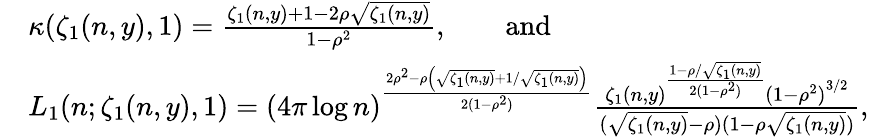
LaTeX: \begin{array}{rl}&{\kappa(\zeta_{1}(n,y),1)=\frac{\zeta_{1}(n,y)+1-2\rho\sqrt{\zeta_{1}(n,y)}}{1-\rho^{2}},\qquad\mathrm{and}}\\ &{L_{1}(n;\zeta_{1}(n,y),1)={(4\pi\log n)}^{\frac{2\rho^{2}-\rho\left(\sqrt{\zeta_{1}(n,y)}+1/\sqrt{\zeta_{1}(n,y)}\right)}{2(1-\rho^{2})}}\frac{{\zeta_{1}(n,y)}^{\frac{1-\rho/\sqrt{\zeta_{1}(n,y)}}{2(1-\rho^{2})}}{(1-\rho^{2})}^{3/2}}{(\sqrt{\zeta_{1}(n,y)}-\rho)(1-\rho\sqrt{\zeta_{1}(n,y)})},}\end{array}